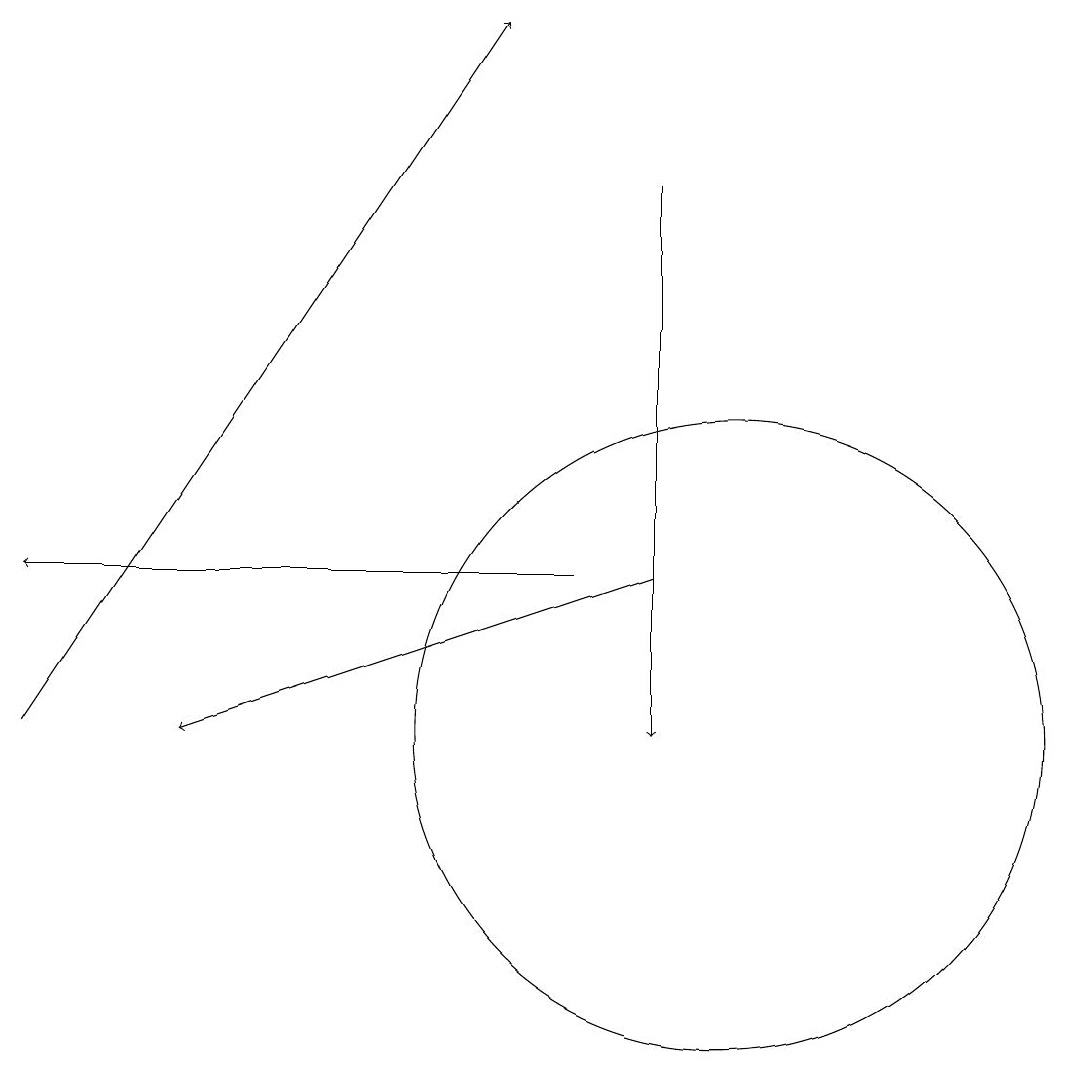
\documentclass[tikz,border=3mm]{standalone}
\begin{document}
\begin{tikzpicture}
\draw[->] (8,12) -- (1,12);
\draw[->] (9,12) -- (3,10);
\draw[->] (9,17) -- (9,10);
\draw[->] (1,10) -- (7,19);
\draw (10,10) circle (4);
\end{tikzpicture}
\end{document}